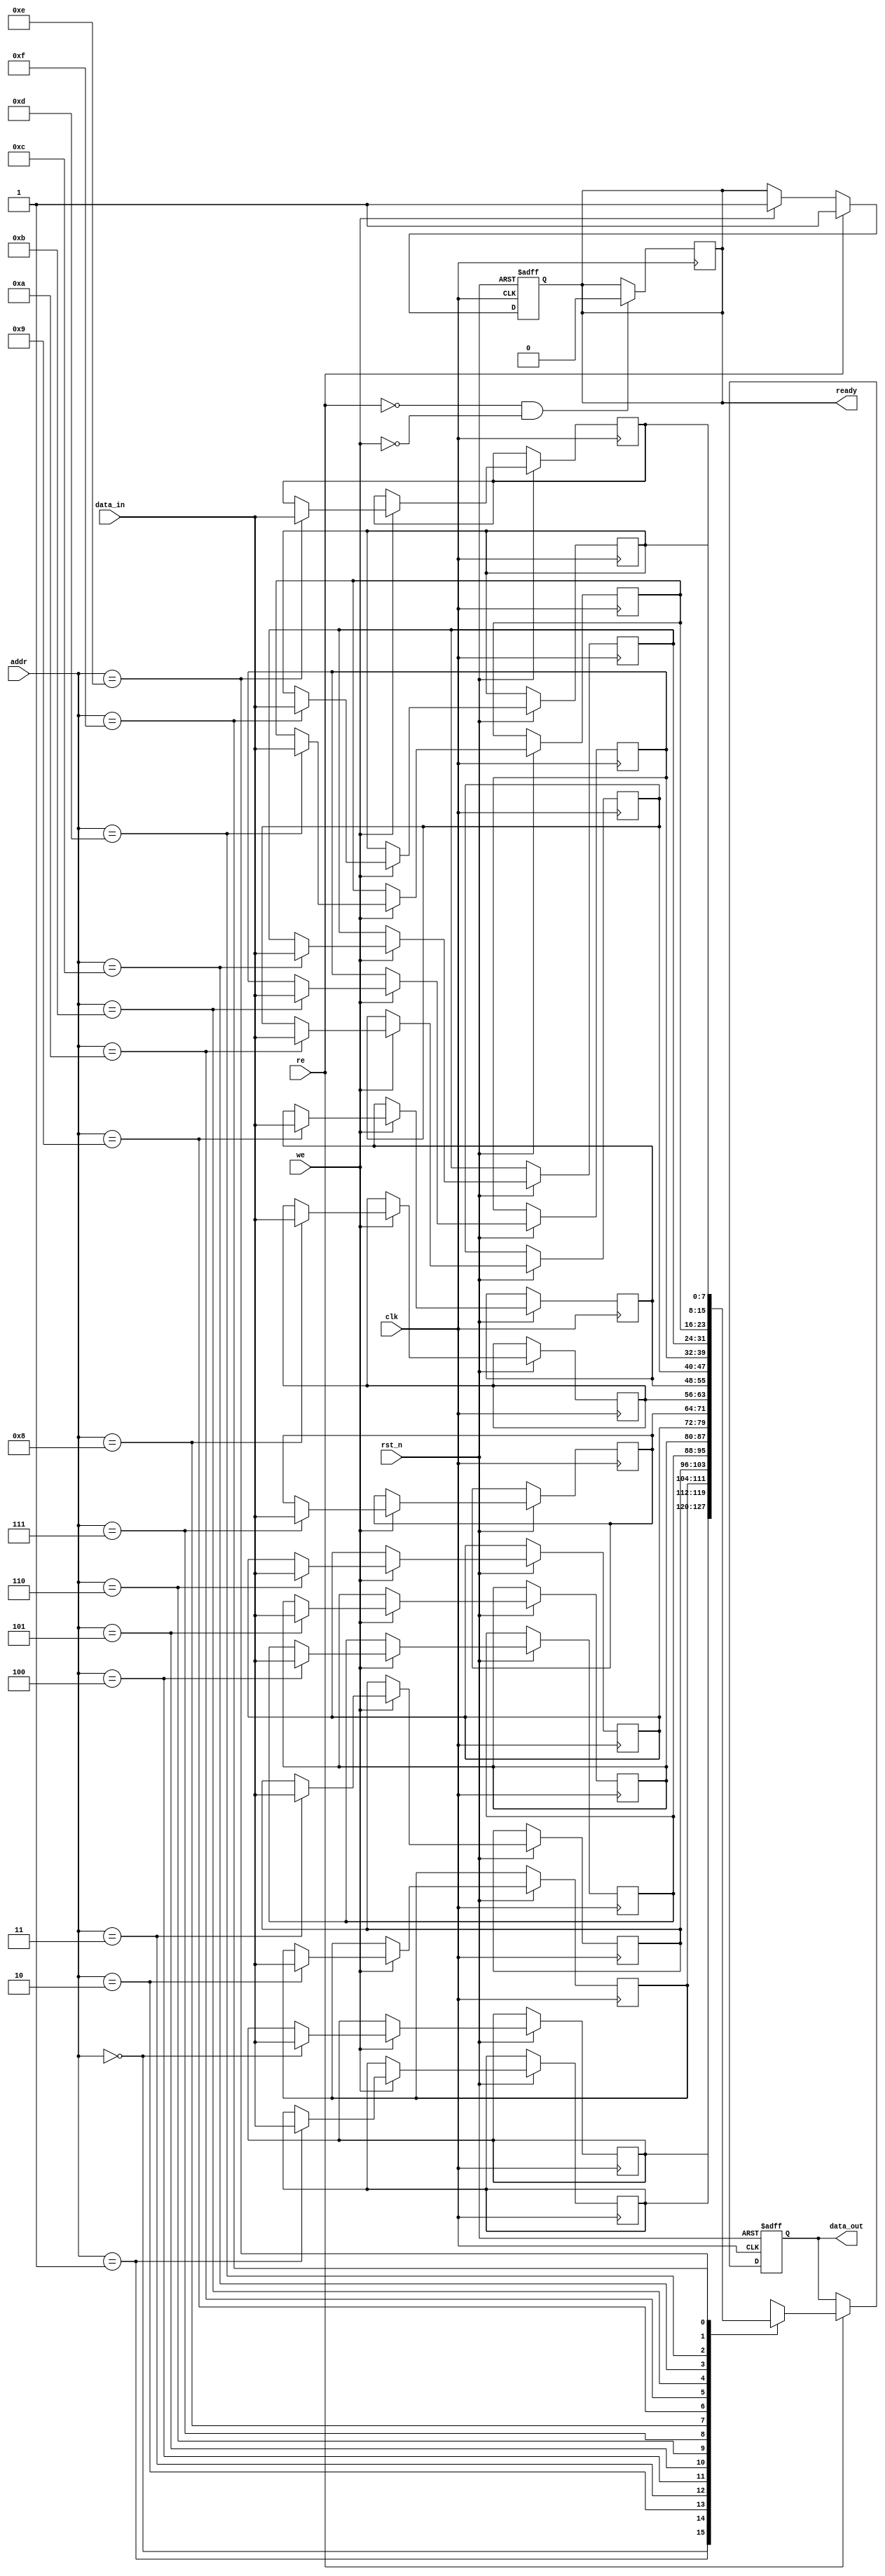
module low_power_sram #(
    parameter DATA_WIDTH = 8,      // Width of each word
    parameter ADDR_WIDTH = 4,      // Number of address bits
    parameter MEMORY_SIZE = 16      // Number of words in the SRAM
) (
    input wire clk,                 // Clock signal
    input wire rst_n,               // Active low reset
    input wire [ADDR_WIDTH-1:0] addr, // Address input
    input wire [DATA_WIDTH-1:0] data_in, // Data input
    input wire we,                  // Write enable signal
    input wire re,                  // Read enable signal
    output reg [DATA_WIDTH-1:0] data_out, // Data output
    output reg ready                // Ready signal
);

    // Memory array (2D array of bits) to store data
    reg [DATA_WIDTH-1:0] memory [0:MEMORY_SIZE-1];

    // Control variables
    reg [ADDR_WIDTH-1:0] address_reg;

    // Read and Write operations
    always @(posedge clk or negedge rst_n) begin
        if (!rst_n) begin
            // If reset is active, clear output and address register
            data_out <= {DATA_WIDTH{1'b0}};
            ready <= 1'b0;
        end else begin
            if (we) begin
                // Write data to memory
                memory[addr] <= data_in;
                ready <= 1'b1; // Readiness signal after write operation
            end
            if (re) begin
                // Read data from memory
                data_out <= memory[addr];
                ready <= 1'b1; // Readiness signal after read operation
            end
        end
    end

    // Sleep mode - for demonstration purposes
    always @(posedge clk) begin
        if (!re && !we) begin
            // Sleep mode logic or low power state
            ready <= 1'b0; // Indicate readiness is low when idle
        end
    end

endmodule